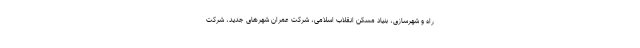
راه و شهرسازی، بنیاد مسکن انقلاب اسلامی، شرکت عمران شهرهای جدید، شرکت